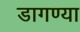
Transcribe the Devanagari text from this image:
डागण्या